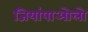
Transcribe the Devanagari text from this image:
जियांपाओलो